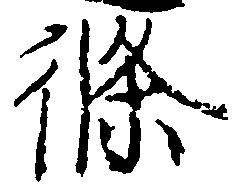
条